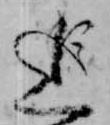
追